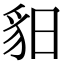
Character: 𧲥